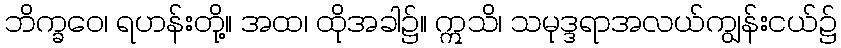
ဘိက္ခဝေ၊ ရဟန်းတို့။ အထ၊ ထိုအခါ၌။ ဣသိ၊ သမုဒ္ဒရာအလယ်ကျွန်းငယ်၌